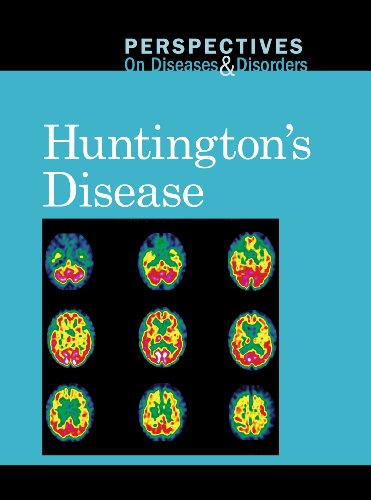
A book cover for Huntington's Disease (Perspectives on Diseases and Disorders); Clay Farris Naff; Teen & Young Adult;